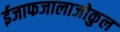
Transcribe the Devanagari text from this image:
ईजाफजालाजोकुल